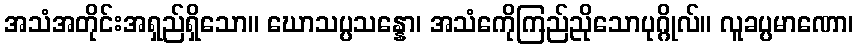
အသံအတိုင်းအရှည်ရှိသော။ ဃောသပ္ပသန္နော၊ အသံကေိုကြည်ညိုသောပုဂ္ဂိုလ်။ လူခပ္ပမာဏော၊